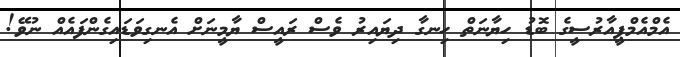
އެމްއެމްޕީއާރުސީގެ ބޮޑު ހިޔާނަތް ހިނގާ ދިޔައިރު ވެސް ރައީސް ޔާމީނަށް އެނގިވަޑައިގެންފައެއް ނުވޭ!